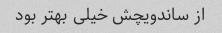
از ساندویچش خیلی بهتر بود